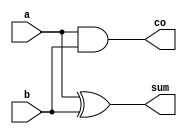
module ha(a,b,sum,co);

input a,b;
output sum,co;

xor (sum,a,b);
and (co,a,b);

endmodule